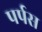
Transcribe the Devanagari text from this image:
पर्पस